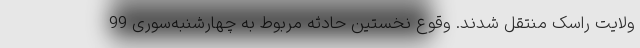
ولایت راسک منتقل شدند. وقوع نخستین حادثه مربوط به چهارشنبه‌سوری 99